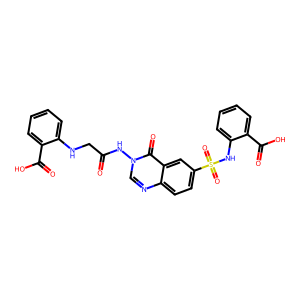
SMILES: O=C(CNc1ccccc1C(=O)O)Nn1cnc2ccc(S(=O)(=O)Nc3ccccc3C(=O)O)cc2c1=O
Inhibits HIV replication: No